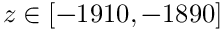
z \in [ - 1 9 1 0 , - 1 8 9 0 ]